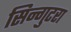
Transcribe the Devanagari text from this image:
सिन्गुटरा